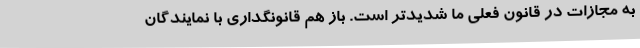
به مجازات در قانون فعلی ما شدیدتر است. باز هم قانونگداری با نمایندگان